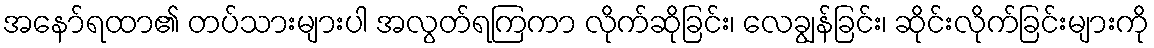
အနော်ရထာ၏ တပ်သားများပါ အလွတ်ရကြကာ လိုက်ဆိုခြင်း၊ လေချွန်ခြင်း၊ ဆိုင်းလိုက်ခြင်းများကို